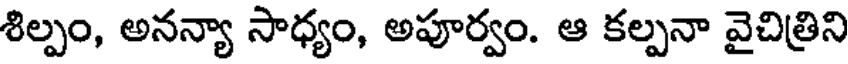
శిల్పం, అనన్యా సాధ్యం, అపూర్వం. ఆ కల్పనా వైచిత్రిని